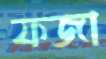
ফজা